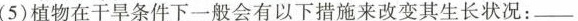
(5)植物在干旱条件下一般会有以下措施来改变其生长状况：___________